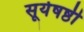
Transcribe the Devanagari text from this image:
सूर्यषष्ठी